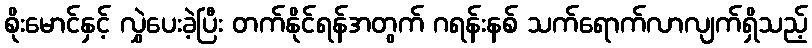
စိုးမောင်နှင့် လွှဲပေးခဲ့ပြီး တက်နိုင်ရန်အတွက် ဂရန်းနစ် သက်ရောက်လာလျက်ရှိသည့်